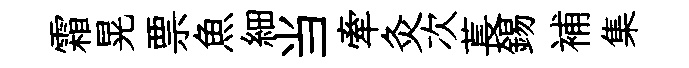
霜晃票魚細当牽灸次萇錫補集